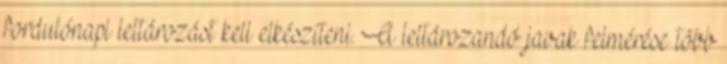
fordulónapi leltározást kell elkészíteni. A leltározandó javak felmérése több